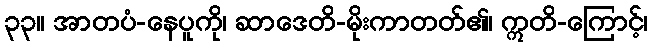
၃၃။ အာတပံ-နေပူကို၊ ဆာဒေတိ-မိုးကာတတ်၏၊ ဣတိ-ကြောင့်၊